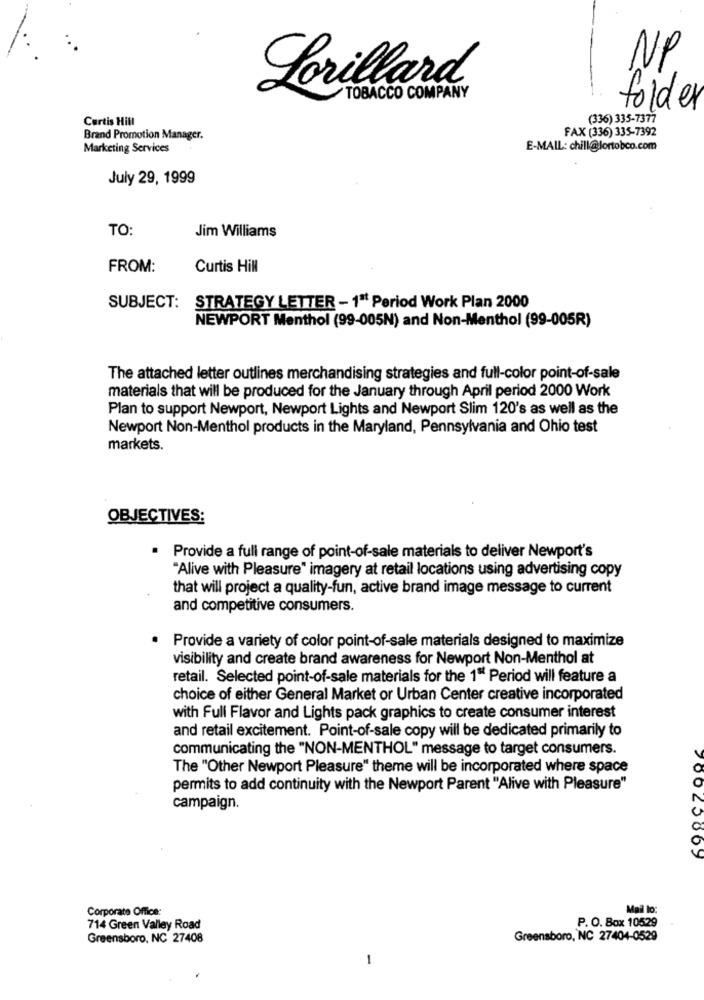
NP
Lorillard
TOBACCO COMPANY
folder
Curtis Hill
(336) 335-7377
FAX (336) 335-7392
Brand Promotion Manager.
Marketing Services
E-MAIL: chill@lortobco.com
July 29, 1999
TO:
Jim Williams
FROM:
Curtis Hill
SUBJECT:
STRATEGY LETTER - 1ª Period Work Plan 2000
NEWPORT Menthol (99-005N) and Non-Menthol (99-005R)
The attached letter outlines merchandising strategies and full-color point-of-sale
materials that will be produced for the January through April period 2000 Work
Plan to support Newport, Newport Lights and Newport Slim 120's as well as the
Newport Non-Menthol products in the Maryland, Pennsylvania and Ohio test
markets.
OBJECTIVES:
· Provide a full range of point-of-sale materials to deliver Newport's
"Alive with Pleasure" imagery at retail locations using advertising copy
that will project a quality-fun, active brand image message to current
and competitive consumers.
Provide a variety of color point-of-sale materials designed to maximize
visibility and create brand awareness for Newport Non-Menthol at
retail. Selected point-of-sale materials for the 1º Period will feature a
choice of either General Market or Urban Center creative incorporated
with Full Flavor and Lights pack graphics to create consumer interest
and retail excitement. Point-of-sale copy will be dedicated primarily to
communicating the "NON-MENTHOL" message to target consumers.
The "Other Newport Pleasure" theme will be incorporated where space
permits to add continuity with the Newport Parent "Alive with Pleasure"
campaign.
20025069
Corporate Office:
Mail lo
P. O. Box 10529
714 Green Valley Road
Greensboro, NC 27408
Greensboro, NC 27404-0529
-